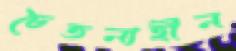
চৈতন্যহীন